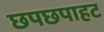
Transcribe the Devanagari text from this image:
छपछपाहट